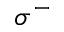
\sigma ^ { - }